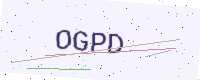
Text: OGPD